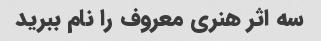
سه اثر هنری معروف را نام ببرید